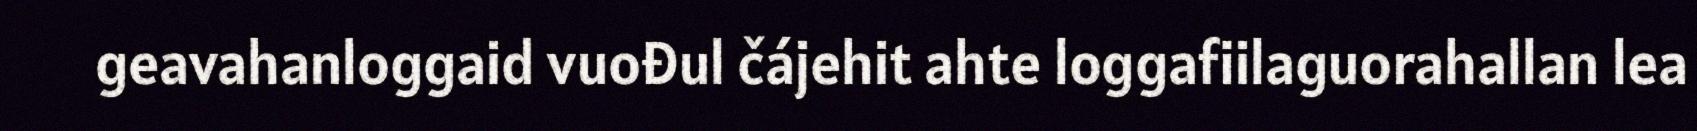
geavahanloggaid vuođul čájehit ahte loggafiilaguorahallan lea